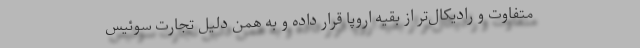
متفاوت و رادیکال‌تر از بقیه اروپا قرار داده و به همن دلیل تجارت سوئیس